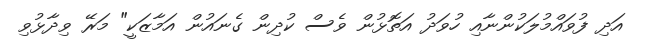
އަދި ފުވައްމުލަކުންނާއި ހުވަދު އަތޮޅުން ވެސް ކުދިން ގެނައުން އަމާޒަކީ" މަރޭ ވިދާޅުވި